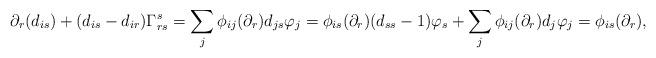
LaTeX: \begin{align*} \partial_r(d_{is})+(d_{is}-d_{ir})\Gamma_{rs}^s=\sum_j\phi_{ij}(\partial_r)d_{js}\varphi_j=\phi_{is}(\partial_r)(d_{ss}-1)\varphi_s+\sum_j\phi_{ij}(\partial_r)d_j\varphi_j=\phi_{is}(\partial_r), \end{align*}